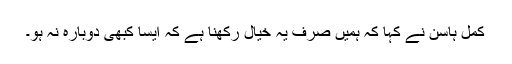
کمل ہاسن نے کہا کہ ہمیں صرف یہ خیال رکھنا ہے کہ ایسا کبھی دوبارہ نہ ہو۔